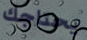
يحتاجك